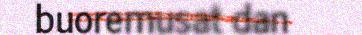
buoremusat dan